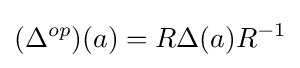
(\Delta ^{op})(a)=R\Delta (a)R^{-1}